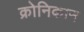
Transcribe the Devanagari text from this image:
क्रोनिकान